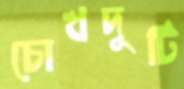
চোখদুটি